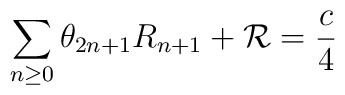
\sum_{n\geq 0}\theta_{2n+1}R_{n+1}+{\cal R}=\frac{c}{4}